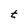
Character: t